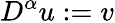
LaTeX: D^{\alpha}u:=v